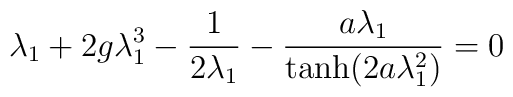
\lambda_{1} + 2g\lambda_{1}^{3} - {1\over {2\lambda_{1}}} -    {a\lambda_{1} \over {{\tanh}(2a\lambda_{1}^{2})}} = 0